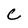
Character: C